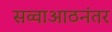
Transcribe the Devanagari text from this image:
सव्वाआठनंतर